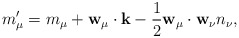
\begin{align*}m_\mu'=m_\mu+{\bf w}_\mu\cdot{\bf k} -\frac{1}{2}{\bf w}_\mu\cdot{\bf w}_\nu n_\nu,\end{align*}